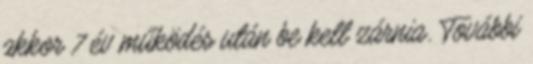
akkor 7 év működés után be kell zárnia. További